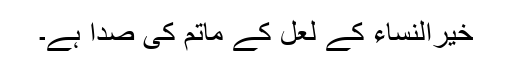
خیرالنساءؑ کے لعل کے ماتم کی صدا ہے۔